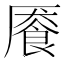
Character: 餍